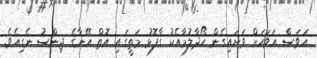
އަވަސް އަވަހަށް ވަށައިގެން ހޯދާލުމާއެކު ގާފޮޅު މަތީގައި އޮތް އޭނާގެ ޖިންސު ނެގިއެވެ.